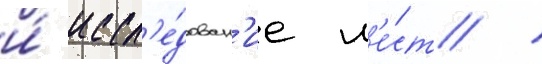
и́ иссл'е́дован'ие м'е́ст /